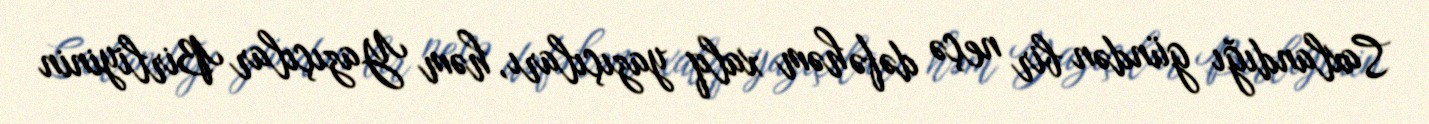
Saxlandığı gündən bir neçə dəfə həm xalq yazıçıları, həm Yazıçılar Birliyinin